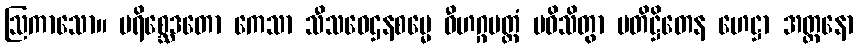
ဩကာသော။ ပရိစ္ဆေဒတော ကေသာ သီသဝေဌနစမ္မေ ဝီဟဂ္ဂမတ္တံ ပဝိသိတွာ ပတိဋ္ဌိတေန ဟေဋ္ဌာ အတ္တနော